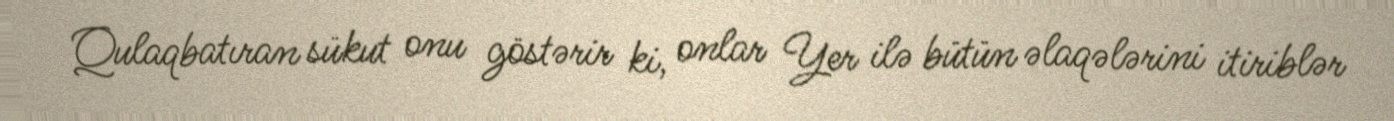
Qulaqbatıran sükut onu göstərir ki, onlar Yer ilə bütün əlaqələrini itiriblər